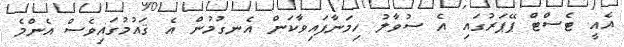
އެއީ ޓެސްޓް ޕޭޕަރުގައި އެ ސުވާލު ހިމަނާފައިވާކަން އެނގުމުން އެ ޤައުމުގައިވެސް އެންމެ